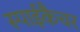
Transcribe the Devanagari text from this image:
स्पाईकैचर